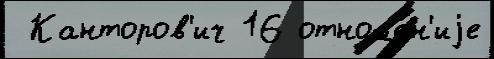
 Канторов'ич 16 отноше́н'иjе